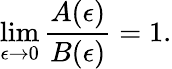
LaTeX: \operatorname*{lim}_{\epsilon\to 0}\frac{A(\epsilon)}{B(\epsilon)}=1.